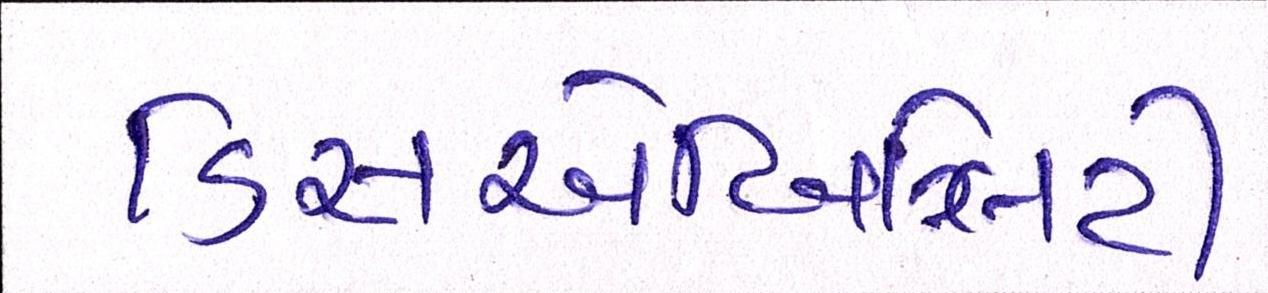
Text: ડિસએબિલિટી